Tartu_Muinsuskaitse_Uhendus, lk 5
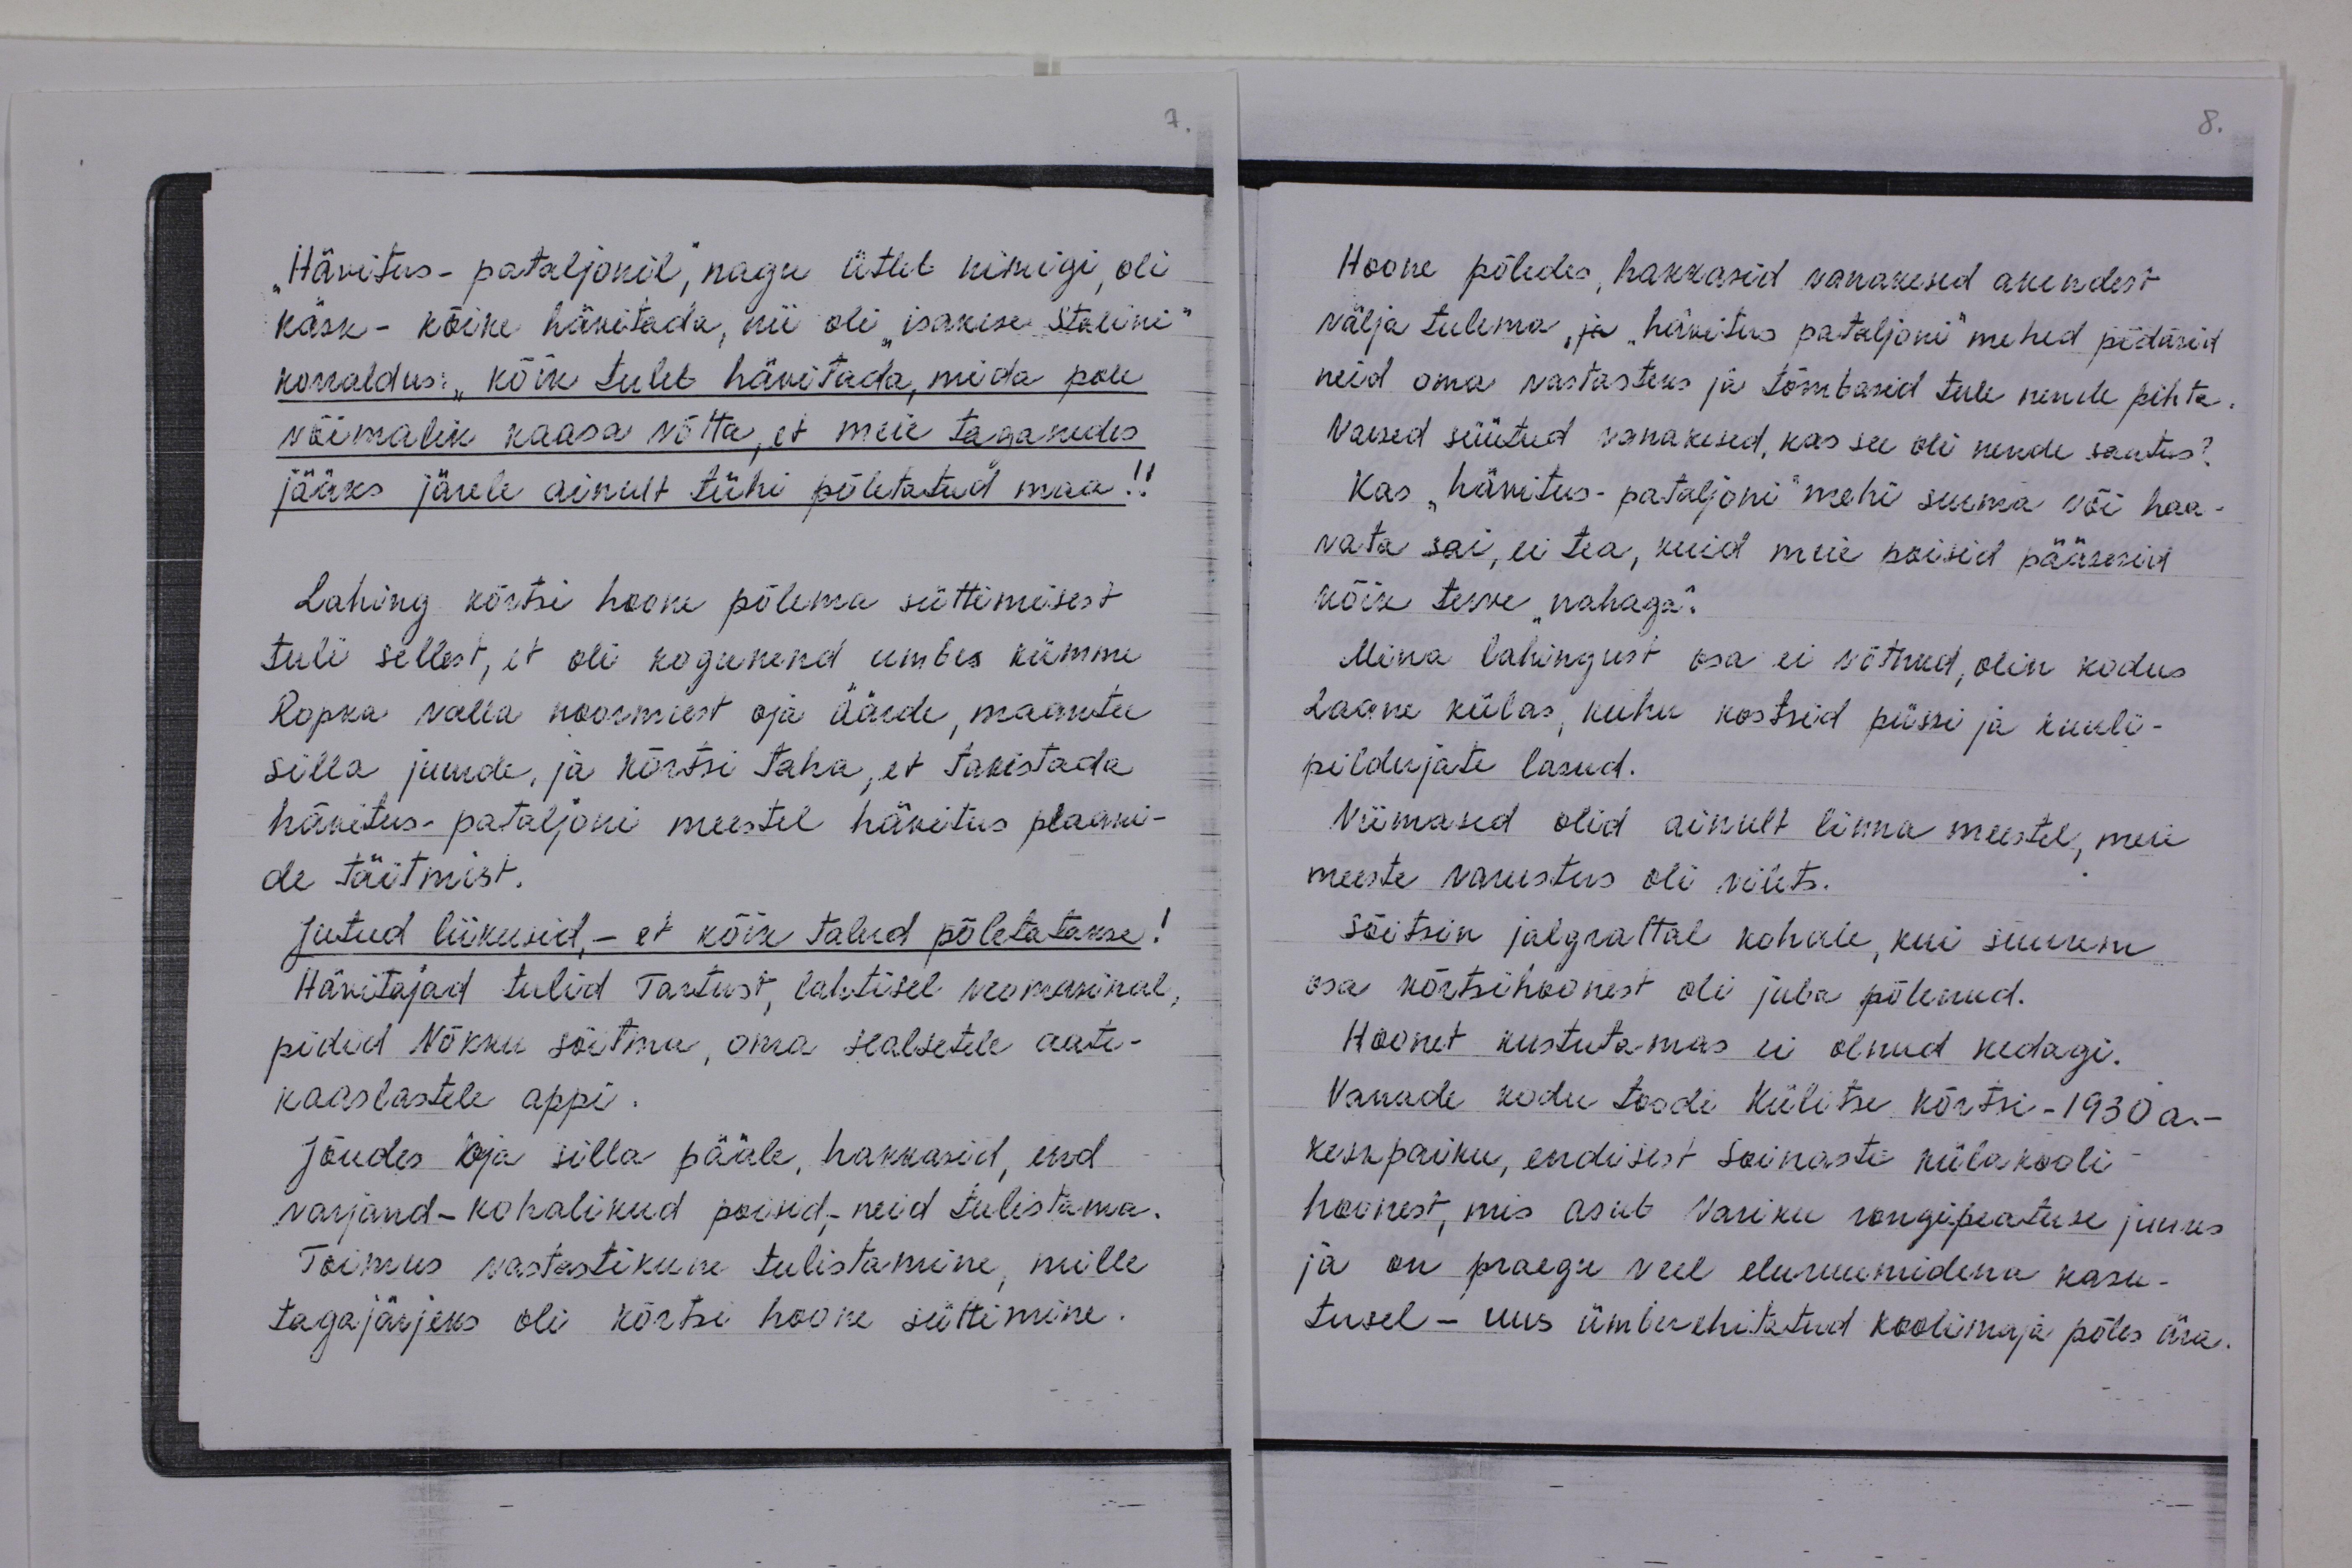
Hävitus-pataljonil, nagu ütleb nimigi, oli
käsk - kõike hävitada, nii oli "isakese Stalini"
korraldus: "kõik tuleb hävitada, mida pole
võimalik kaasa võtta, et meie taganedes
jääks järele ainult tühi põletatud maa!!
Lahing kõrtsi hoone põlema süttimisest
tuli sellest, et oli kogunend umbes kümme
Ropka valla noormeest oja äärde, maantee
silla juurde, ja kõrtsi taha, et takistada
hävitus pataljoni meestel hävitus plaani-
de täitmist.
Jutud liikusid, - et kõik talud põletatakse!
Hävitajad tulid Tartust, lahtisel veomasinal,
pidid Nõkku sõitma, oma sealsetele aate-
kaaslastele appi
Jõudes Oja silla pääle, hakkasid, end
varjand-kohalikud poisid; neid tulistama.
Toimus vastastikune tulistamine, mille
tagajärjeks oli kõrtsi hoone süttimine.

Hoone põledes, hakkasid vanakesed akendest
välja tulema, ja "hävitus pataljoni" mehed pidasid
neid oma vastasteks ja tõmbasid tule nende pihta
Vaesed süütud vanakesed, kas see oli nende saatus?
Kas "hävitus-pataljoni" mehi surma või haa-
vata sai, ei tea, kuid meie poisid pääsesid
kõik terve "nahaga".
Mina lahingust osa ei võtnud, olin kodus
Laane külas, kuhu kostsid püssi ja kuuli-
pildujate lasud.
Viimased olid ainult linna meestel, meie
meeste varustus oli vilets.
Sõitsin jalgrattal kohale, kui suurem
osa kõrtsihoonest oli juba põlenud.
Hoonet kustutamas ei olnud kedagi.
Vanade kodu toodi Külitse kõrtsi-1930a. -
keskpaiku, endisest Soinaste külakooli-
hoonest, mis asub Variku rongipeatuse juures
ja on praegu veel eluruumidena kasu-
tusel - uus ümberehitatud koolimaja põles ära.